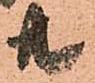
共